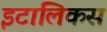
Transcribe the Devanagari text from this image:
इटालिकस